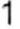
1